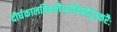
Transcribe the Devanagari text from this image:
दीर्घकालविमलैर्व्यादिप्रदैर्दुष्करैः